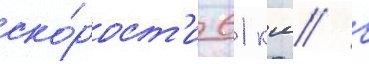
ско́рост'и 61 км/ ч